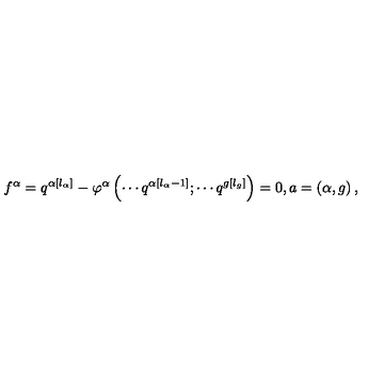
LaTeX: f ^ { \alpha } = q ^ { \alpha \left[ l _ { \alpha } \right] } - \varphi ^ { \alpha } \left( \cdots q ^ { \alpha \left[ l _ { \alpha } - 1 \right] } ; \cdots q ^ { g \left[ l _ { g } \right] } \right) = 0 , a = \left( \alpha , g \right) ,